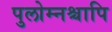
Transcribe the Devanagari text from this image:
पुलोम्नश्चापि